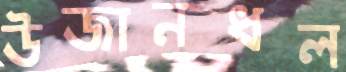
উজানধল